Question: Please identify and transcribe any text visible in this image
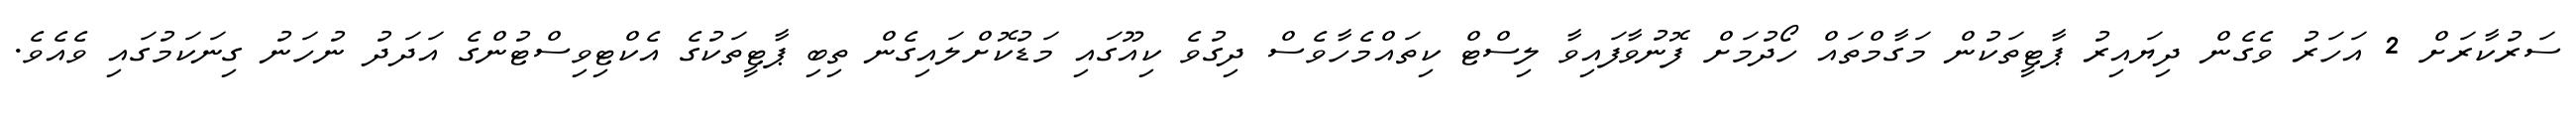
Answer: ސަރުކާރަށް 2 އަހަރު ވެގެން ދިޔައިރު ޕާޓީތަކުން މަގާމްތައް ހޯދުމަށް ފޮނުވާފައިވާ ލިސްޓް ކިތައްމެހާވެސް ދިގުވެ ކިއޫގައި މަޑުކޮށްލައިގެން ތިބި ޕާޓީތަކުގެ އެކްޓިވިސްޓުންގެ އަދަދު ނުހަނު ގިނަކަމުގައި ވެއެވެ.